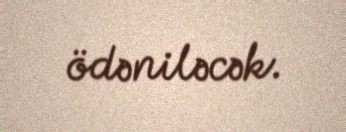
ödəniləcək.